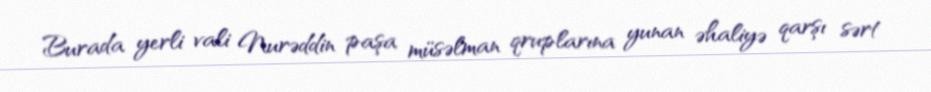
Burada yerli vali Nurəddin paşa müsəlman qruplarına yunan əhaliyə qarşı sərt